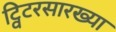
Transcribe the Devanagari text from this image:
ट्विटरसारख्या